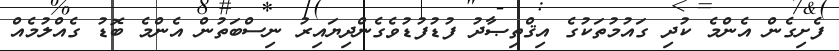
ފެށިގެން އެންމެ ކުދި ގައުމުތަކުގެ އިޤްތިޞާދު ފުޑުފުޑުވެގެންދިޔައިރު ނިސްބަތުން އެންމެ ބޮޑު ގެއްލުމެއް